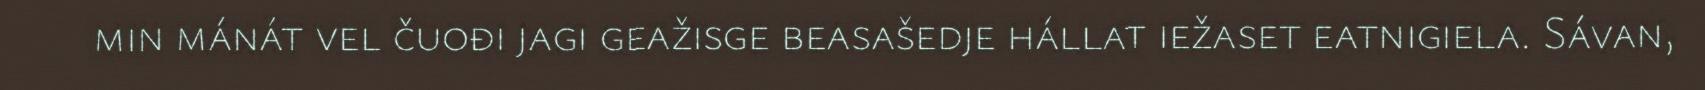
min mánát vel čuođi jagi geažisge beasašedje hállat iežaset eatnigiela. Sávan,